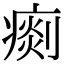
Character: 𤸹